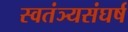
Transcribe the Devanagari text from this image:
स्वतंञ्यसंघर्ष